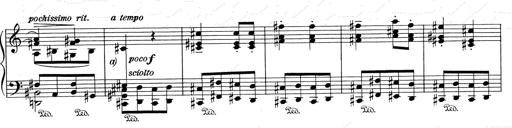
Title: RÃ©miniscences de Don Juan
Composer: Franz Liszt